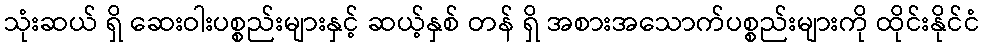
သုံးဆယ် ရှိ ဆေးဝါးပစ္စည်းများနှင့် ဆယ့်နှစ် တန် ရှိ အစားအသောက်ပစ္စည်းများကို ထိုင်းနိုင်ငံ